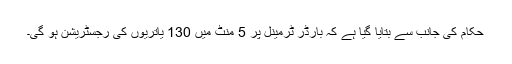
حکام کی جانب سے بتایا گیا ہے کہ بارڈر ٹرمینل پر 5 منٹ میں 130 یاتریوں کی رجسٹریشن ہو گی۔